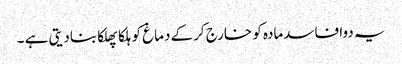
یہ دوا فاسدمادہ کو خارج کرکے دماغ کو ہلکا پھلکا بنادیتی ہے ۔